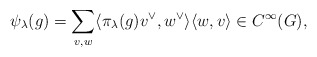
\begin{align*}\psi_\lambda(g)=\sum_{v,w}\langle\pi_\lambda(g) v^\vee, w^\vee\rangle \langle w, v\rangle \in C^\infty(G),\end{align*}